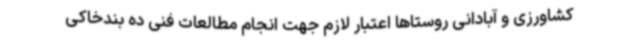
کشاورزی و آبادانی روستاها اعتبار لازم جهت انجام مطالعات فنی ده بندخاکی